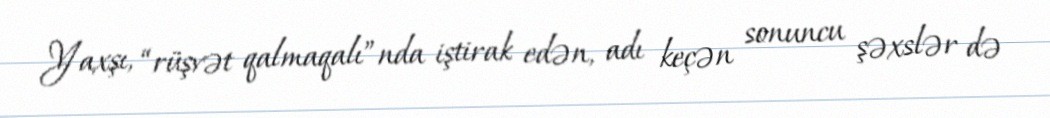
Yaxşı, “rüşvət qalmaqalı”nda iştirak edən, adı keçən sonuncu şəxslər də